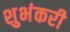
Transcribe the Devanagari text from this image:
शुभंकरी